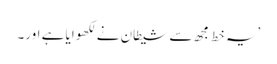
’یہ خط مجھ سے شیطان نے لکھوایا ہے اور۔